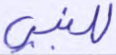
للنبي